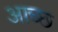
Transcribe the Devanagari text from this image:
आच्छ